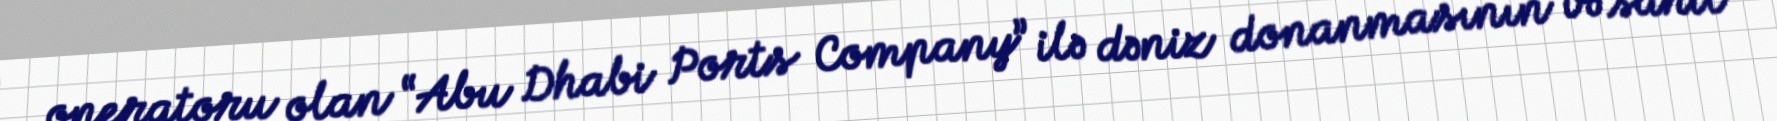
operatoru olan “Abu Dhabi Ports Company” ilə dəniz donanmasının və sahil